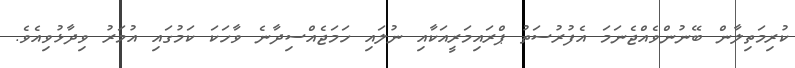
ކުރިމަތިލާން ބޭނުންވެއްޖެނަމަ އެފުރުސަތު ޕްރައިމަރީއަކާއި ނުލައި ހަމަޖެއްސިދާނެ ވާހަކަ ކަމުގައި އުމަރު ވިދާޅުވިއެވެ.